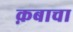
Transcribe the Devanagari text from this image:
क़बाचा